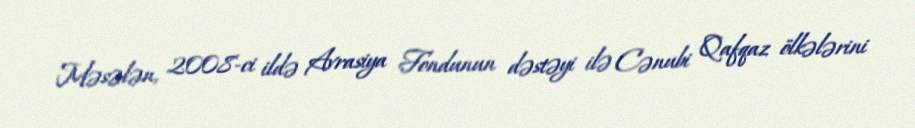
Məsələn, 2008-ci ildə Avrasiya Fondunun dəstəyi ilə Cənubi Qafqaz ölkələrini